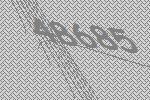
48685